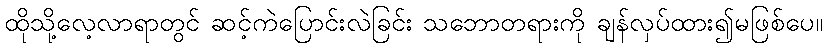
ထိုသို့လေ့လာရာတွင် ဆင့်ကဲပြောင်းလဲခြင်း သဘောတရားကို ချန်လှပ်ထား၍မဖြစ်ပေ။